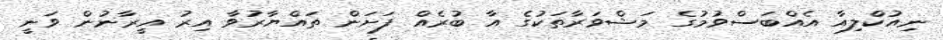
ނިއުކްލިއާ އެއްބަސްވުމުގެ މަޝްވަރާތަކުގެ އާ ބުރެއް ފަށަން ތައްޔާރުވާ އިރު އީރާނުން ވަނީ